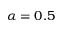
\alpha = 0 . 5